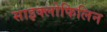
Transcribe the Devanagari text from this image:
साइक्लोफिलिन